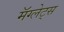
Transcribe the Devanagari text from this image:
मॅग्लेट्स